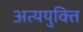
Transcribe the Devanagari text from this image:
अत्ययुक्ति